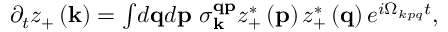
\begin{array} { r } { \partial _ { t } z _ { + } \left( \mathbf { k } \right) = \int \! d \mathbf { q } d \mathbf { p } \ \sigma _ { \mathbf { k } } ^ { \mathbf { q } \mathbf { p } } z _ { + } ^ { * } \left( \mathbf { p } \right) z _ { + } ^ { * } \left( \mathbf { q } \right) e ^ { i \Omega _ { k p q } t } , } \end{array}